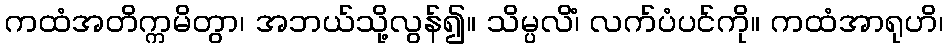
ကထံအတိက္ကမိတွာ၊ အဘယ်သို့လွန်၍။ သိမ္ပလိံ၊ လက်ပံပင်ကို။ ကထံအာရုဟိ၊